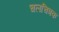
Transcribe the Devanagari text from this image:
चलचित्रक